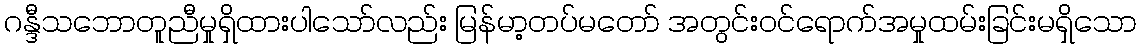
ဂန္ဒီသဘောတူညီမှုရှိထားပါသော်လည်း မြန်မာ့တပ်မတော် အတွင်းဝင်ရောက်အမှုထမ်းခြင်းမရှိသော